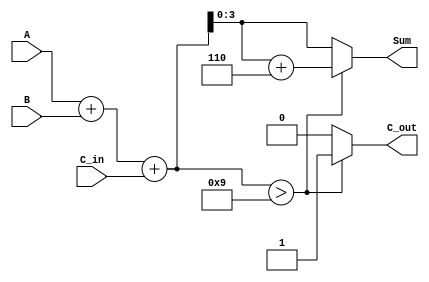
module BCD_Conditional_Adder (
    input  wire [3:0] A,       // First BCD digit (0-9)
    input  wire [3:0] B,       // Second BCD digit (0-9)
    input  wire C_in,          // Carry input
    output reg  [3:0] Sum,     // BCD sum output
    output reg  C_out          // Carry output
);

    wire [4:0] Temp_Sum;       // 5-bit to accommodate carry
    wire is_greater_than_9;    // Flag for checking if Temp_Sum > 9

    // Step 1: Initial Addition
    assign Temp_Sum = A + B + C_in;

    // Step 2: Check if Temp_Sum exceeds 9
    assign is_greater_than_9 = Temp_Sum > 9;

    // Step 3: Output Calculation
    always @(*) begin
        if (is_greater_than_9) begin
            Sum = Temp_Sum + 4'b0110; // Adjust by adding 6
            C_out = 1;                // Set carry out
        end else begin
            Sum = Temp_Sum[3:0];      // No adjustment needed
            C_out = 0;                // No carry out
        end
    end

endmodule